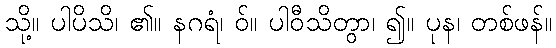
သို့။ ပါပိသိ၊ ၏။ နဂရံ၊ ဝ်။ ပါဝီသိတွာ၊ ၍။ ပုန၊ တစ်ဖန်။